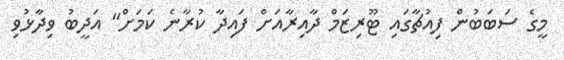
މީގެ ސަބަބުން ފިއުޗާގައި ޓޫރިޒަމް ދާއިރާއަށް ފައިދާ ކުރާނެ ކަމަށް" އަދީބު ވިދާޅުވި